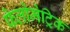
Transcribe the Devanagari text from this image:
फेलोमेट्रिक